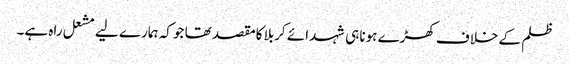
ظلم کے خلاف کھڑے ہونا ہی شہدائے کربلا کامقصد تھا جو کہ ہمارے لیے مشعل راہ ہے۔